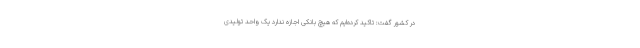
در کشور گفت: تاکید کرده‌ایم که هیچ بانکی اجازه ندارد یک واحد تولیدی